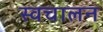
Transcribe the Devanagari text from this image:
स्‍वचालन